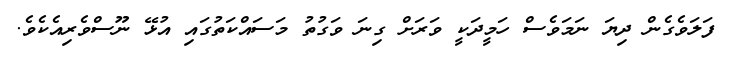
ފަލަވެގެން ދިޔަ ނަމަވެސް ހަމީދަކީ ވަރަށް ގިނަ ވަގުތު މަސައްކަތުގައި އުޅޭ ނޫސްވެރިއެކެވެ.